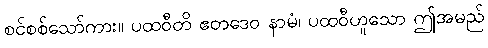
စင်စစ်သော်ကား။ ပထဝီတိ ဧတဒေဝ နာမံ၊ ပထဝီဟူသော ဤအမည်